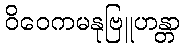
ဝိဝေကမနုဗြူဟန္တာ